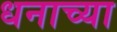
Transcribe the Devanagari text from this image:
धनाच्या